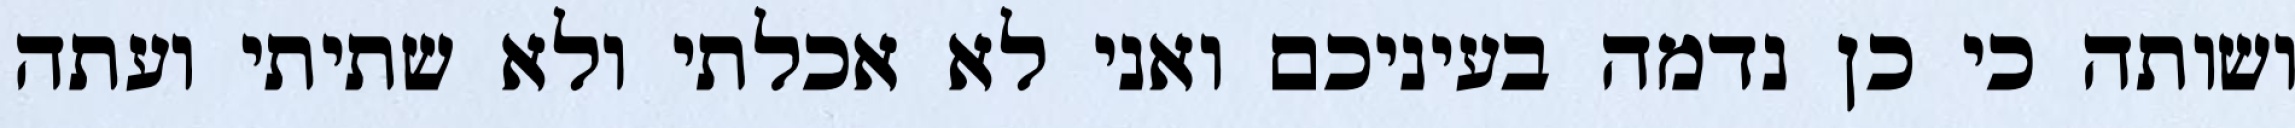
ושותה כי כן נדמה בעיניכם ואני לא אכלתי ולא שתיתי ועתה